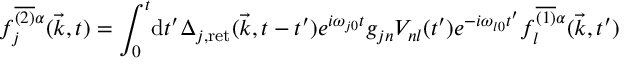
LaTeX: f _ { j } ^ { \overline { { { ( 2 ) } } } \alpha } ( \vec { k } , t ) = \int _ { 0 } ^ { t } \! \mathrm { d } t ^ { \prime } \Delta _ { j , \mathrm { r e t } } ( \vec { k } , t - t ^ { \prime } ) e ^ { i \omega _ { j 0 } t } g _ { j n } V _ { n l } ( t ^ { \prime } ) e ^ { - i \omega _ { l 0 } t ^ { \prime } } f _ { l } ^ { \overline { { { ( 1 ) } } } \alpha } ( \vec { k } , t ^ { \prime } )